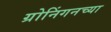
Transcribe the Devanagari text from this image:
ग्रोनिंगनच्या